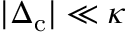
| \Delta _ { \mathrm { c } } | \ll \kappa